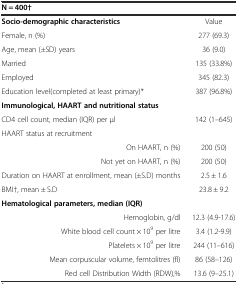
<table><thead><tr><td><b>N = 400†</b></td><td></td></tr></thead><tbody><tr><td><b>Socio-demographic characteristics</b></td><td>Value</td></tr><tr><td>Female, n (%)</td><td>277 (69.3)</td></tr><tr><td>Age, mean (±SD) years</td><td>36 (9.0)</td></tr><tr><td>Married</td><td>135 (33.8%)</td></tr><tr><td>Employed</td><td>345 (82.3)</td></tr><tr><td>Education level(completed at least primary)*</td><td>387 (96.8%)</td></tr><tr><td><b>Immunological, HAART and nutritional status</b></td><td></td></tr><tr><td>CD4 cell count, median (IQR) per μl</td><td>142 (1–645)</td></tr><tr><td>HAART status at recruitment</td><td></td></tr><tr><td>On HAART, n (%)</td><td>200 (50)</td></tr><tr><td>Not yet on HAART, n (%)</td><td>200 (50)</td></tr><tr><td>Duration on HAART at enrollment, mean (±S.D) months</td><td>2.5 ± 1.6</td></tr><tr><td>BMI†, mean ± S.D</td><td>23.8 ± 9.2</td></tr><tr><td colspan="2"><b>Hematological parameters, median (IQR)</b></td></tr><tr><td>Hemoglobin, g/dl</td><td>12.3 (4.9-17.6)</td></tr><tr><td>White blood cell count × 10<sup>9</sup> per litre</td><td>3.4 (1.2-9.9)</td></tr><tr><td>Platelets × 10<sup>9</sup> per litre</td><td>244 (11–616)</td></tr><tr><td>Mean corpuscular volume, femtolitres (fl)</td><td>86 (58–126)</td></tr><tr><td>Red cell Distribution Width (RDW),%</td><td>13.6 (9–25.1)</td></tr></tbody></table>